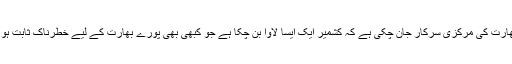
دراصل بھارت کی مرکزی سرکار جان چکی ہے کہ کشمیر ایک ایسا لاوا بن چکا ہے جو کبھی بھی پورے بھارت کے لیے خطرناک ثابت ہو سکتا ہے۔